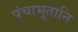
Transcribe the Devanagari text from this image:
पंचाभूतानि